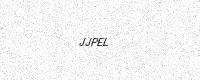
Text: JJPEL